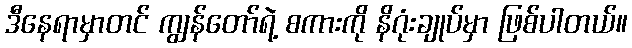
ဒီနေရာမှာတင် ကျွန်တော်ရဲ့ စကားကို နိဂုံးချုပ်မှာ ဖြစ်ပါတယ်။